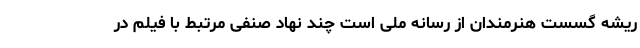
ریشه گسست هنرمندان از رسانه ملی است چند نهاد صنفی مرتبط با فیلم در